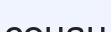
сонан